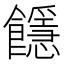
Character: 䭡